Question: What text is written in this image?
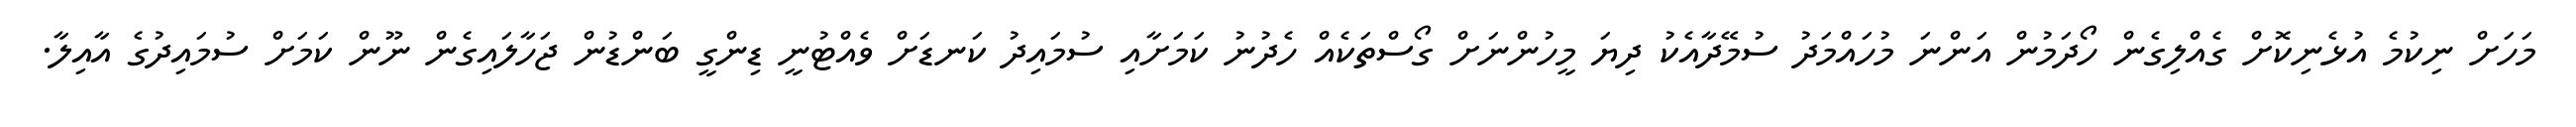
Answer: މަހަށް ނިކުމެ އުޅެނިކޮށް ގެއްލިގެން ހޯދަމުން އަންނަ މުހައްމަދު ސުމޭދާއެކު ދިޔަ މީހުންނަށް ގޯސްތަކެއް ހެދުނު ކަމަށާއި ސުމައިދު ކަނޑަށް ވެއްޓުނީ ޑިންގީ ބަންޑުން ޖަހާލައިގެން ނޫން ކަމަށް ސުމައިދުގެ އާއިލާ.